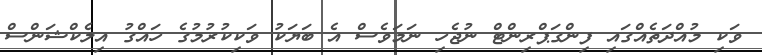
ވަކި މުއްދަތެއްގައި ފިންގަޕްރިންޓް ނުޖެހި ނަމަވެސް އެ ބަޔަކު ވަކިކުރުމުގެ ހައްގު އިލެކްޝަންސް